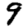
Digit: 9